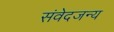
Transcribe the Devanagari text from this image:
संवेदजन्य